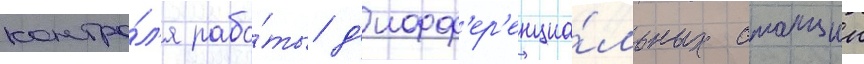
контро́л'я рабо́ты д'ифф'ер'енциа́льных станции